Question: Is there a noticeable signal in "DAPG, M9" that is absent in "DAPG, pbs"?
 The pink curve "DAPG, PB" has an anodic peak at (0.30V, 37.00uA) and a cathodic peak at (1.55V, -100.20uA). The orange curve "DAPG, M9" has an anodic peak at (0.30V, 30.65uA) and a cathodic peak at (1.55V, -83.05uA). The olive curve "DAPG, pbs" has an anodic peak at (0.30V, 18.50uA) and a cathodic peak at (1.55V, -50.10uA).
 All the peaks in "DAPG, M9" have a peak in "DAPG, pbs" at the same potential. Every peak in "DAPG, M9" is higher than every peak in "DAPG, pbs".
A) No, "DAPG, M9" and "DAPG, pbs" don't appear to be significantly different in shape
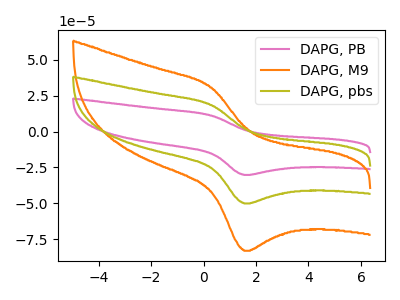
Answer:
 <answer>A) No, "DAPG, M9" and "DAPG, pbs" don't appear to be significantly different in shape</answer>
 <eval>A</eval>